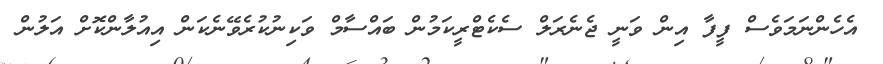
އެހެންނަމަވެސް ފީފާ އިން ވަނީ ޖެނެރަލް ސެކެޓްރީކަމުން ބައްސާމް ވަކިނުކުރެވޭނެކަން އިއުލާންކޮށް އަލުން